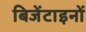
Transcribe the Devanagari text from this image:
बिजेंटाइनों